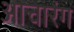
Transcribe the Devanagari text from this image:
आचारंग